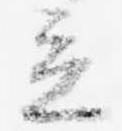
立